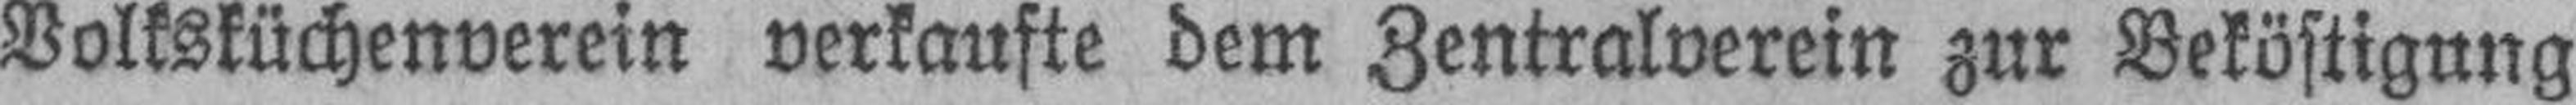
Volksküchenverein verkaufte dem Zentralverein zur Beköstigung